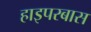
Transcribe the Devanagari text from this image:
हाइपरबास